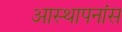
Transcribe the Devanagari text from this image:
आस्थापनांस